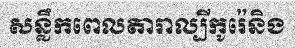
សន្លឹកពេលតារាល្បីកូរ៉េនិង